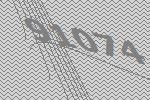
91074